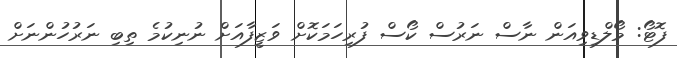
ފޮޓޯ: މޯލްޑިވިއަން ނާސް ނަރުސް ކޯސް ފުރިހަމަކޮށް ވަޒީފާއަށް ނުނިކުމެ ތިބި ނަރުހުންނަށް